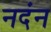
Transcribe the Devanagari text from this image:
नदंन